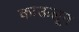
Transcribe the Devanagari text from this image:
काऊलून